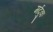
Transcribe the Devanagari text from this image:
मर्दुक